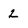
Character: 2